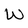
Character: w